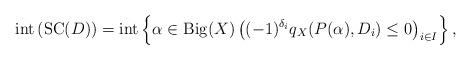
LaTeX: \begin{align*}\mathrm{int}\left(\mathrm{SC}(D)\right)=\mathrm{int}\left\{\alpha \in \mathrm{Big}(X) \left((-1)^{\delta_i}q_X(P(\alpha),D_i)\leq 0\right)_{i \in I}\right\},\end{align*}